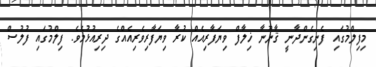
މިފިލްމުގައި ފެނިގެންދާނީ ޤާނޫނާ ޚިލާފް ވިޔަފާރިއެއް ކުރާ ވިޔަފާރިވެރިއެއްގެ ދިރިއުޅުމެވެ. ފިލްމުގައި ފުލުސް